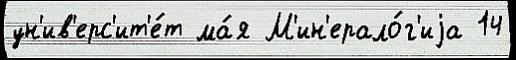
ун'ив'ерс'ит'е́т ма́я М'ин'ерало́г'иjа 14